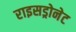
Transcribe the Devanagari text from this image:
राइसड्रोनेट